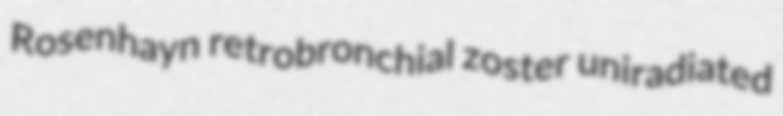
Rosenhayn retrobronchial zoster uniradiated